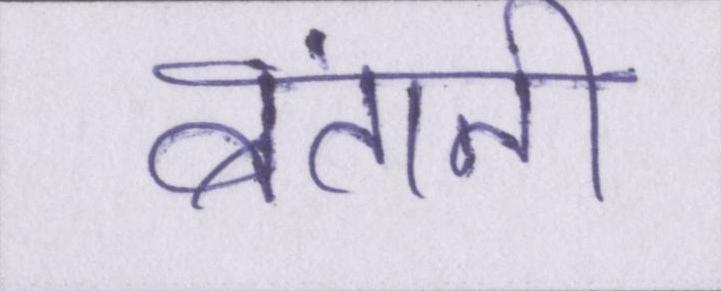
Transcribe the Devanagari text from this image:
बंतानी